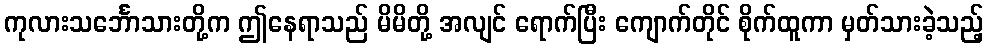
ကုလားသင်္ဘောသားတို့က ဤနေရာသည် မိမိတို့ အလျင် ရောက်ပြီး ကျောက်တိုင် စိုက်ထူကာ မှတ်သားခဲ့သည့်